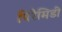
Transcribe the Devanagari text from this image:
पिरैमिडी